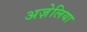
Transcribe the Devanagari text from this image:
अज़ेलिया